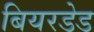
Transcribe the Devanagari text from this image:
बियरडेड